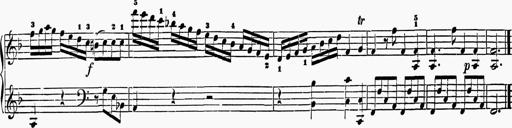
Title: 6 Sonatas
Composer: Muzio Clementi